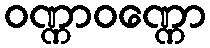
ဝဏ္ဏာဝဏ္ဏော